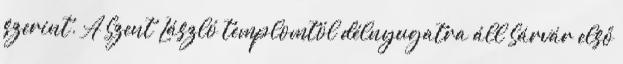
szerint. A Szent László templomtól délnyugatra áll Sárvár első